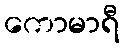
ကောမာရီ